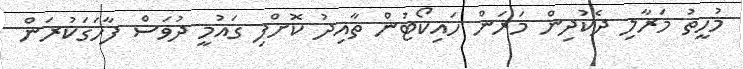
މުހީތު މަރާލި ދެކުދިން މަރަން ހައިކޯޓުން ތާއިދު ކޮށްފި ގައުމީ ދުވަސް ފާހަގަކުރަން